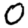
Digit: 0